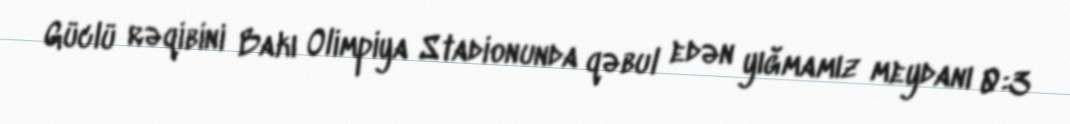
Güclü rəqibini Bakı Olimpiya Stadionunda qəbul edən yığmamız meydanı 0:3